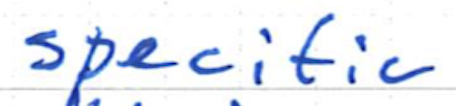
Text: specific
Cross-out: clean
Writing tool: ballpoint